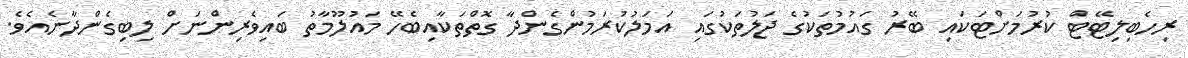
ރިހެބިލިޓޭޓް ކުރުމަށްޓަކައި ބޭރު ގައުމުތަކުގެ ޖަލުތަކުގައި އަމަލުކުރަމުންގެންދާ ގޮތްތަކާއިބެހޭ މައުލޫމާތު ބައިވެރިންނަށް ލިބިގެންދާނެއެވެ.